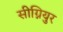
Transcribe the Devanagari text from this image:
सीग्नियुर